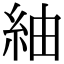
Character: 紬